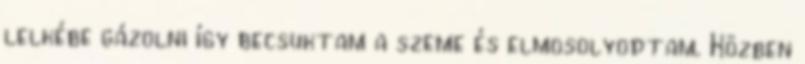
lelkébe gázolni így becsuktam a szeme és elmosolyodtam. Közben